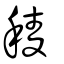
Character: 稜